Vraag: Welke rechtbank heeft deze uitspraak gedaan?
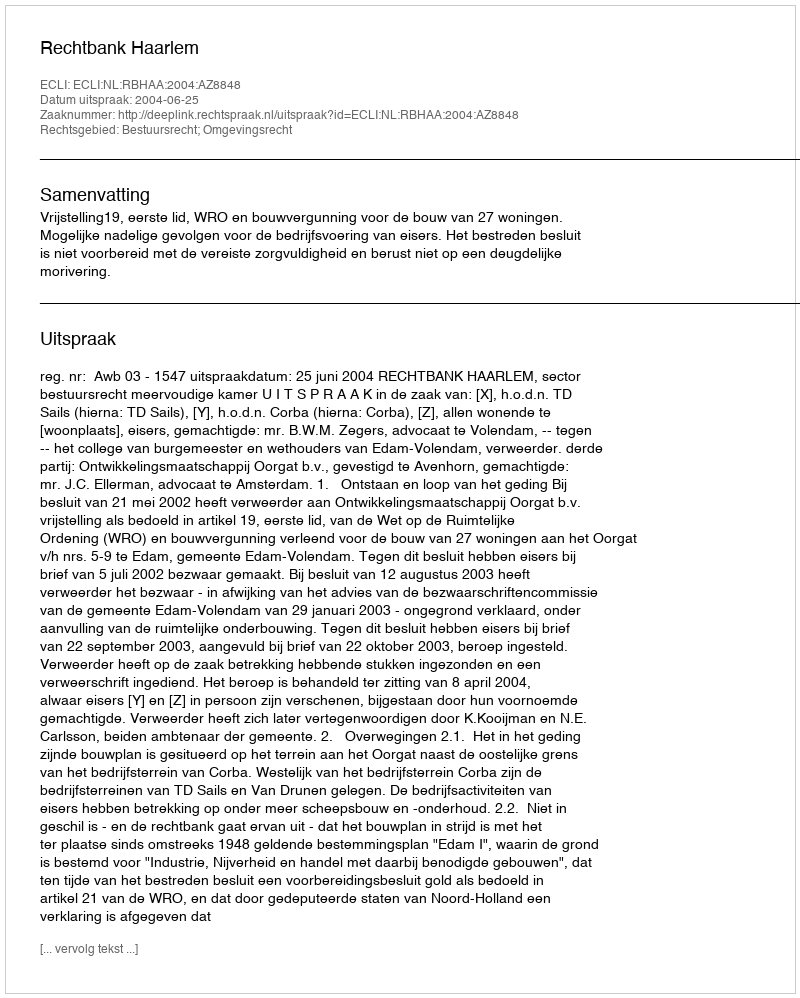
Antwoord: Rechtbank Haarlem